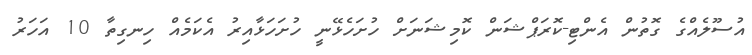
އުސޫލެއްގެ ގޮތުން އެންޓި-ކޮރަޕްޝަން ކޮމިޝަނަށް ހުށަހެޅޭނީ ހުށަހަޅާއިރު އެކަމެއް ހިނގިތާ 10 އަހަރު